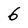
Character: 6